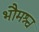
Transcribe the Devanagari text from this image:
भौमश्च